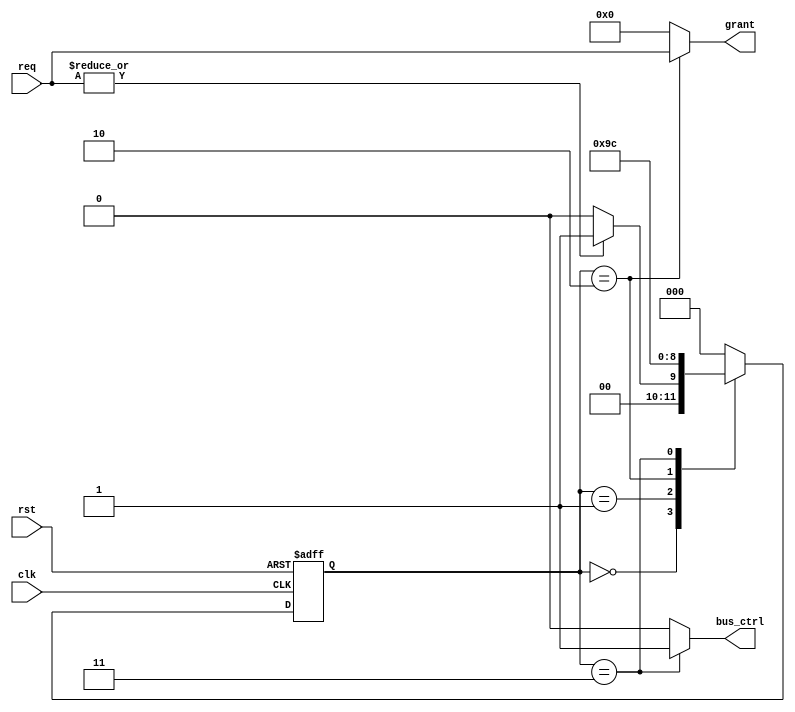
module BusController (
    input wire clk,              // Clock signal
    input wire rst,              // Reset signal (active high)
    input wire [NUM_DEVICES-1:0] req,   // Request signals from multiple devices
    output reg [NUM_DEVICES-1:0] grant,   // Grant signal for the device granted access
    output reg bus_ctrl          // Bus control signal for data transmission
);
    // Parameters
    parameter NUM_DEVICES = 4;   // Number of devices
    parameter IDLE = 3'b000;      // Idle State
    parameter REQUEST = 3'b001;   // Request State
    parameter GRANT = 3'b010;     // Grant State
    parameter TRANSMIT = 3'b011;  // Transmit State
    parameter RELEASE = 3'b100;   // Release State

    reg [2:0] current_state, next_state; // Current and next state registers

    // State transition logic
    always @(posedge clk or posedge rst) begin
        if (rst) begin
            current_state <= IDLE;  // Reset to Idle state
        end else begin
            current_state <= next_state; // Transition to next state
        end
    end

    // Next state logic
    always @(*) begin
        case(current_state)
            IDLE: begin
                if (|req) // If any request is asserted
                    next_state = REQUEST;
                else
                    next_state = IDLE;
            end
            REQUEST: begin
                next_state = GRANT; // Transition to Grant state
            end
            GRANT: begin
                next_state = TRANSMIT; // Transition to Transmit state
            end
            TRANSMIT: begin
                // Assuming transmission is complete after one clock cycle.
                next_state = RELEASE; // Transition to Release state
            end
            RELEASE: begin
                next_state = IDLE; // Transition back to Idle state
            end
            default: next_state = IDLE; // Default to Idle state
        endcase
    end

    // Output logic based on the current state
    always @(*) begin
        grant = 0;  // Default: no grant
        bus_ctrl = 0; // Default: no bus control
        case(current_state)
            IDLE: begin
                grant = 0; // No devices granted
            end
            REQUEST: begin
                grant = 0; // Still no devices granted while in request state
            end
            GRANT: begin
                grant = req; // Grant access to the requesting device
            end
            TRANSMIT: begin
                bus_ctrl = 1; // Assert bus control for transmission
            end
            RELEASE: begin
                grant = 0; // Release the bus, no device granted
            end
        endcase
    end
endmodule